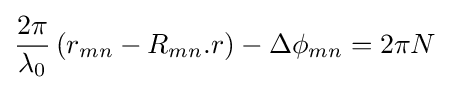
{\frac {2\pi }{\lambda _{0}}}\left(r_{mn}-R_{mn}.r\right)-\Delta \phi _{mn}=2\pi N